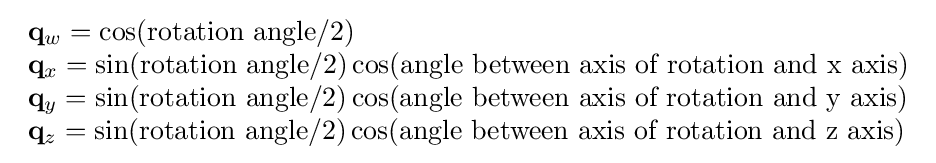
{\begin{array}{lcr}\mathbf {q} _{w}=\cos({\text{rotation angle}}/2)\\\mathbf {q} _{x}=\sin({\text{rotation angle}}/2)\cos({\text{angle between axis of rotation and x axis}})\\\mathbf {q} _{y}=\sin({\text{rotation angle}}/2)\cos({\text{angle between axis of rotation and y axis}})\\\mathbf {q} _{z}=\sin({\text{rotation angle}}/2)\cos({\text{angle between axis of rotation and z axis}})\end{array}}